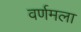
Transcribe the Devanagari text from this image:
वर्णमला